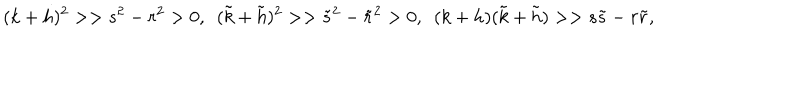
LaTeX: ( k + h ) ^ { 2 } > > s ^ { 2 } - r ^ { 2 } > 0 , \ \ ( \tilde { k } + \tilde { h } ) ^ { 2 } > > \tilde { s } ^ { 2 } - \tilde { r } ^ { 2 } > 0 , \ \ ( k + h ) ( \tilde { k } + \tilde { h } ) > > s \tilde { s } - r \tilde { r } ,